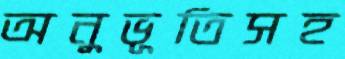
অনুভূতিসহ